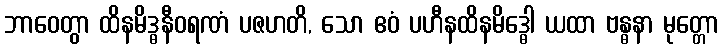
ဘာဝေတွာ ထိနမိဒ္ဓနီဝရဏံ ပဇဟတိ, သော ဧဝံ ပဟီနထိနမိဒ္ဓေါ ယထာ ဗန္ဓနာ မုတ္တော